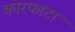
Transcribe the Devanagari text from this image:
कारफाटा